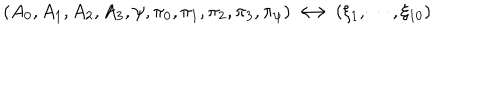
LaTeX: \left( A _ { 0 } , A _ { 1 } , A _ { 2 } , A _ { 3 } , \psi , \pi _ { 0 } , \pi _ { 1 } , \pi _ { 2 } , \pi _ { 3 } , \pi _ { \psi } \right) \longleftrightarrow \left( \xi _ { 1 } , \cdots , \xi _ { 1 0 } \right)